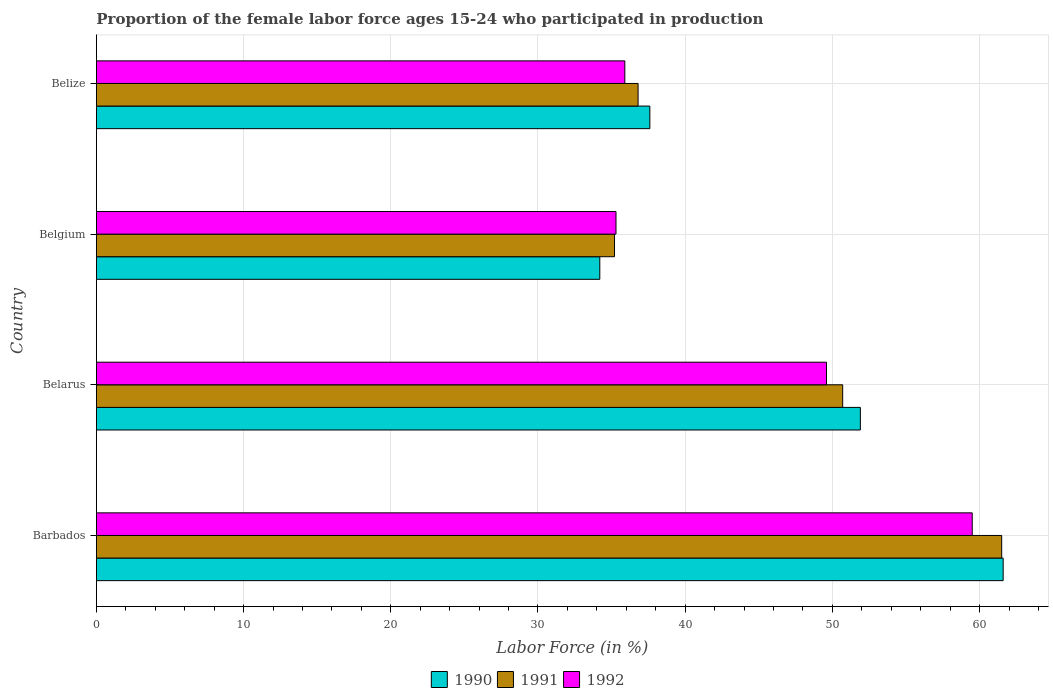
| Country | 1990 | 1991 | 1992 |
 | --- | --- | --- | --- |
 | Barbados | 61.6 | 61.5 | 59.5 |
 | Belarus | 51.9 | 50.7 | 49.6 |
 | Belgium | 34.2 | 35.2 | 35.3 |
 | Belize | 37.6 | 36.8 | 35.9 |